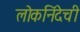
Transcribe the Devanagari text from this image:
लोकनिंदेची